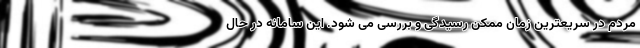
مردم در سریعترین زمان ممکن رسیدگی و بررسی می شود. این سامانه در حال